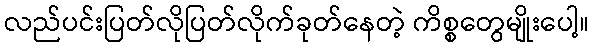
လည်ပင်းပြတ်လိုပြတ်လိုက်ခုတ်နေတဲ့ ကိစ္စတွေမျိုးပေါ့။